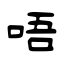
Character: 唔